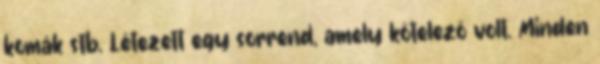
komák stb. Létezett egy sorrend, amely kötelező volt. Minden